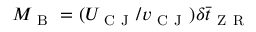
M _ { \mathrm { ~ B ~ } } = ( U _ { \mathrm { ~ C ~ J ~ } } / v _ { \mathrm { ~ C ~ J ~ } } ) \delta \bar { t } _ { \mathrm { ~ Z ~ R ~ } }